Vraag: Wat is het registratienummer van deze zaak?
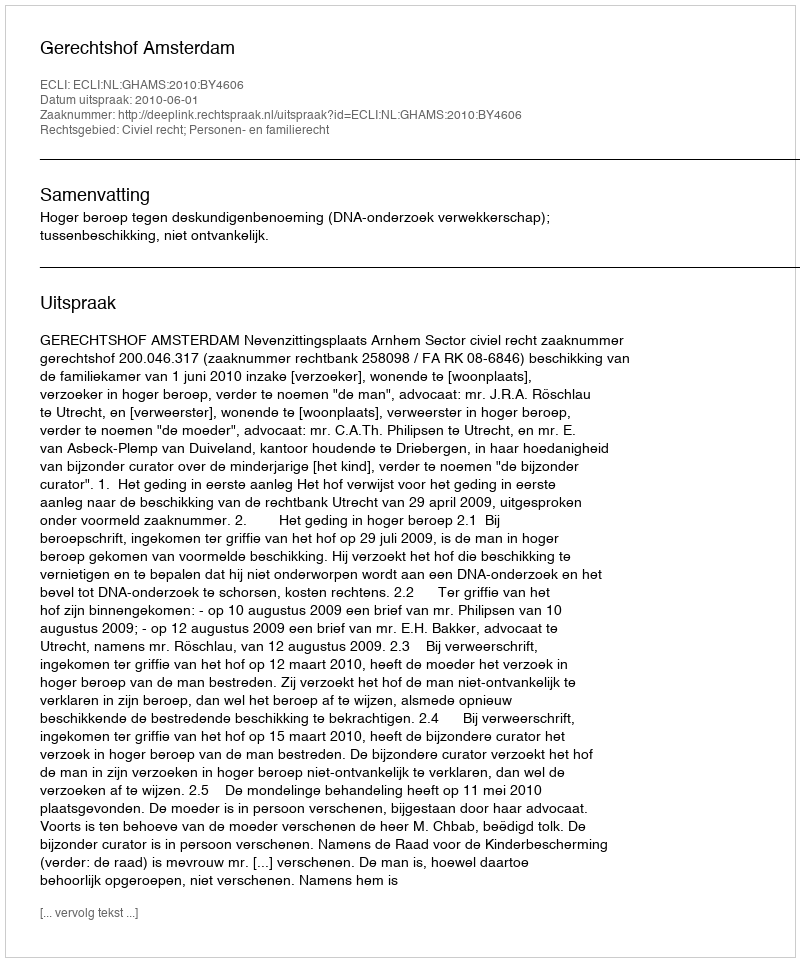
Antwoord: http://deeplink.rechtspraak.nl/uitspraak?id=ECLI:NL:GHAMS:2010:BY4606